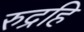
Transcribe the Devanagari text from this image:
रुद्रहि